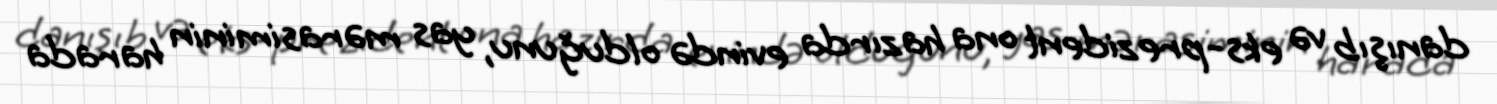
danışıb və eks-prezident ona hazırda evində olduğunu, yas mərasiminin harada